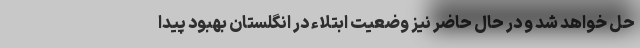
حل خواهد شد و در حال حاضر نیز وضعیت ابتلاء در انگلستان بهبود پیدا